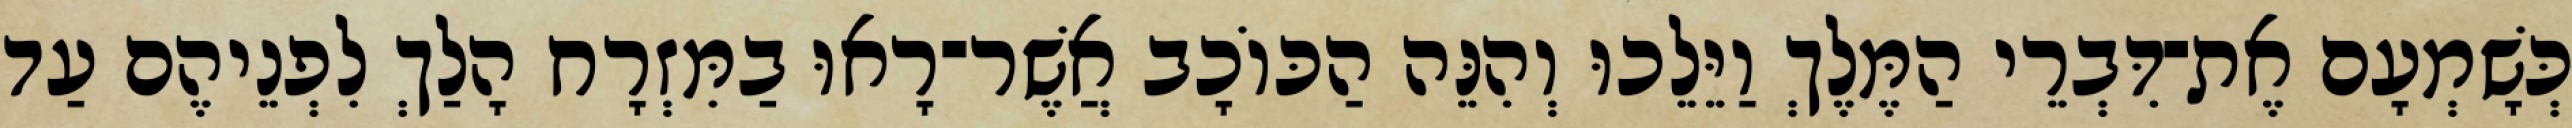
כְּשָׁמְעָם אֶת־דִּבְרֵי הַמֶּלֶךְ וַיֵּלֵכוּ וְהִנֵּה הַכּוֹכָב אֲשֶׁר־רָאוּ בַמִּזְרָח הָלַךְ לִפְנֵיהֶם עַד